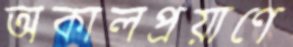
অকালপ্রয়াণে